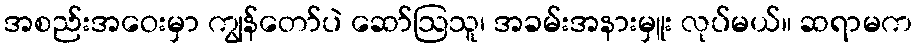
အစည်းအဝေးမှာ ကျွန်တော်ပဲ ဆော်ဩသူ၊ အခမ်းအနားမှူး လုပ်မယ်။ ဆရာမက